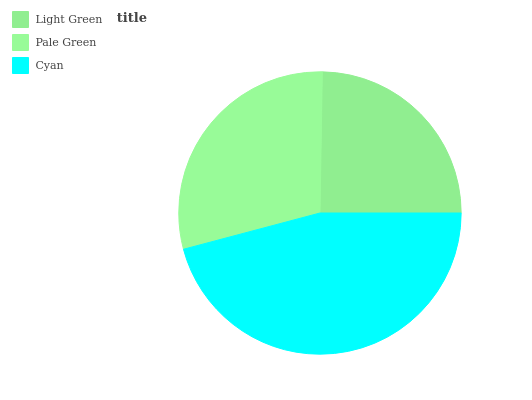
| Light Green | Pale Green | Cyan |
 | --- | --- | --- |
 | 24.7% | 29.5% | 45.9% |